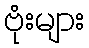
ဗုံးများ